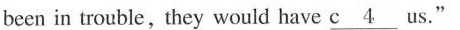
been in trouble,they would have c___ 4 us.